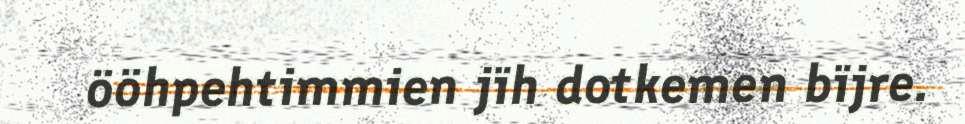
ööhpehtimmien jïh dotkemen bïjre.